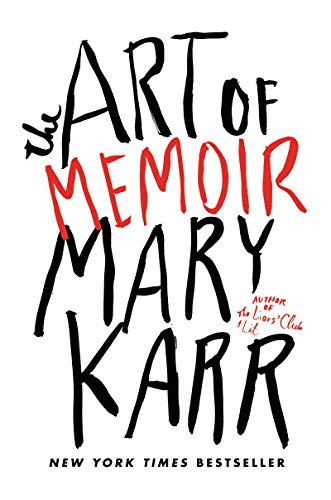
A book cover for The Art of Memoir; Mary Karr; Literature & Fiction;